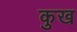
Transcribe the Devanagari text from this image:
कुख